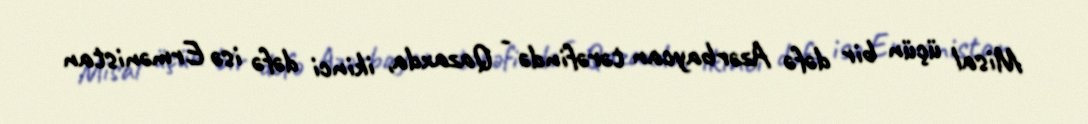
Misal üçün bir dəfə Azərbaycan tərəfində - Qazaxda, ikinci dəfə isə Ermənistan